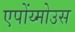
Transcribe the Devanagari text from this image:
एपोंय्मोउस